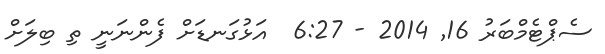
ސެޕްޓެމްބަރު 16